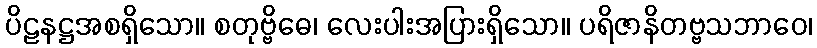
ပိဠနဋ္ဌအစရှိသော။ စတုဗ္ဗိဓေ၊ လေးပါးအပြားရှိသော။ ပရိဇာနိတဗ္ဗသဘာဝေ၊